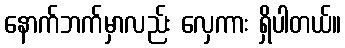
နောက်ဘက်မှာလည်း လှေကား ရှိပါတယ်။